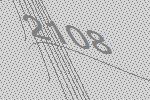
2108